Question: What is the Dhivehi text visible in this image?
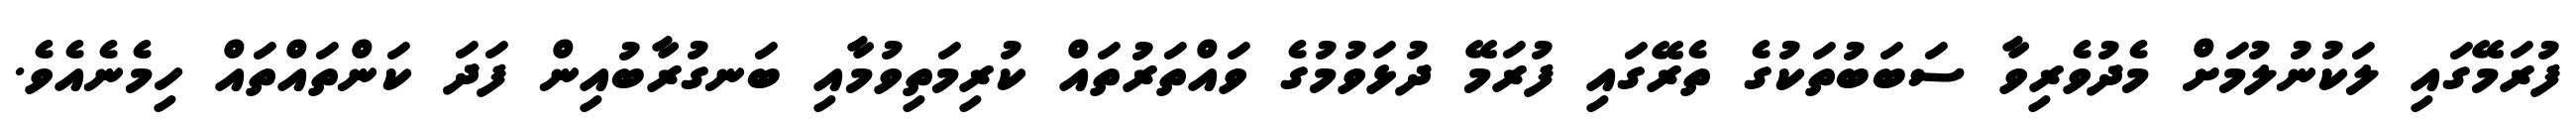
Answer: ފުރަމޭގައި ލަކުނުލުމަށް މެދުވެރިވާ ސަބަބުތަކުގެ ތެރޭގައި ފުރަމޭ ދުޅަވުމުގެ ވައްތަރުތައް ކުރިމަތިވުމާއި ބަނގުރާބުއިން ފަދަ ކަންތައްތައް ހިމެނެއެވެ.